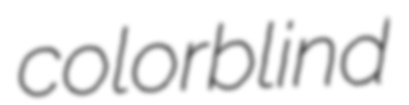
colorblind